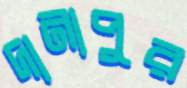
দানাপুর